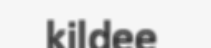
kildee